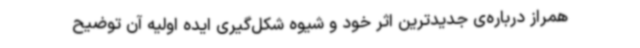
همراز درباره‌ی جدیدترین اثر خود و شیوه شکل‌گیری ایده اولیه آن توضیح